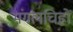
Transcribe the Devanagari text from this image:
मंगलचिह्नों